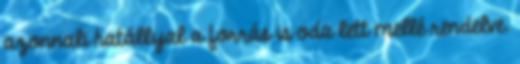
azonnali hatállyal a forrás is oda lett mellé rendelve.